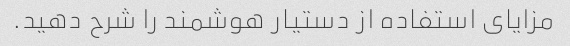
مزایای استفاده از دستیار هوشمند را شرح دهید.